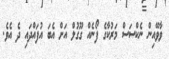
ވާވޭއިން ނެކްސަސް މަރުކާގެ ފޯނެއް ގޫގުލް އަށް އެބަ އުފައްދައި ދެ އެވެ.